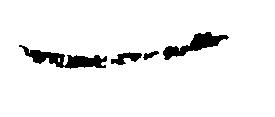
一